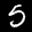
Label: 5